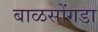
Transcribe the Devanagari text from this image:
बाळसोंगडा